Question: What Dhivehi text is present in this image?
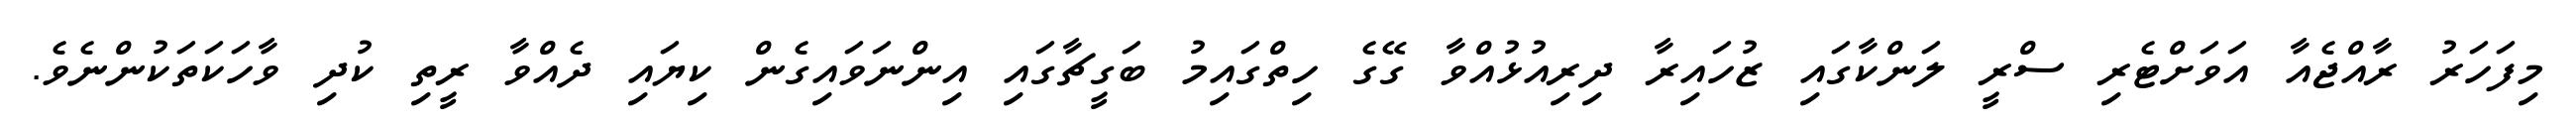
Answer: މިފަހަރު ރާއްޖެއާ އަވަށްޓެރި ސްރީ ލަންކާގައި ޒުހައިރާ ދިރިއުޅުއްވާ ގޭގެ ހިތްގައިމު ބަގީޗާގައި އިންނަވައިގެން ކިޔައި ދެއްވާ ރީތި ކުދި ވާހަކަތަކުންނެވެ.